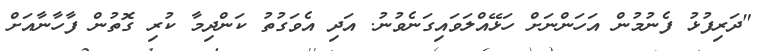
"ދަރިފުޅު ފެނުމުން އަހަންނަށް ހަޅޭއްލަވައިގަނެވުނު. އަދި އެވަގުތު ކަންދިމާ ކުރި ގޮތުން ފާހާނާއަށް